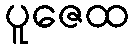
ပူဇေထ